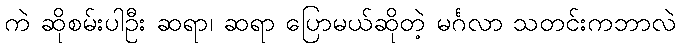
ကဲ ဆိုစမ်းပါဦး ဆရာ၊ ဆရာ ပြောမယ်ဆိုတဲ့ မင်္ဂလာ သတင်းကဘာလဲ